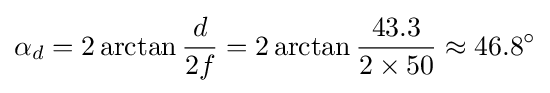
\alpha _{d}=2\arctan {\frac {d}{2f}}=2\arctan {\frac {43.3}{2\times 50}}\approx 46.8^{\circ }